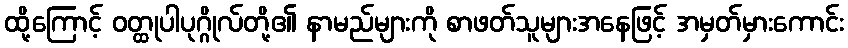
ထို့ကြောင့် ဝတ္ထုပါပုဂ္ဂိုလ်တို့၏ နာမည်များကို စာဖတ်သူများအနေဖြင့် အမှတ်မှားကောင်း